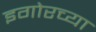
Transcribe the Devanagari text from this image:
इगोरच्या